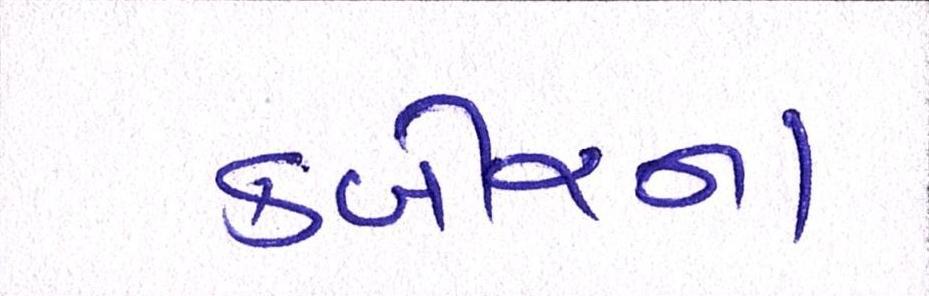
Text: કબીરના